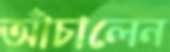
আঁচালেন